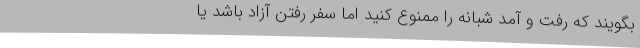
بگویند که رفت و آمد شبانه را ممنوع کنید اما سفر رفتن آزاد باشد یا